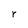
Character: r